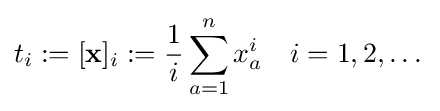
t_{i}:=[\mathbf {x} ]_{i}:={\frac {1}{i}}\sum _{a=1}^{n}x_{a}^{i}\quad i=1,2,\dots